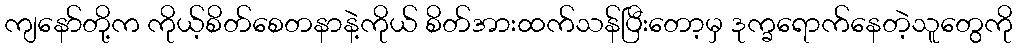
ကျနော်တို့က ကိုယ့်စိတ်စေတနာနဲ့ကိုယ် စိတ်အားထက်သန်ပြီးတော့မှ ဒုက္ခရောက်နေတဲ့သူတွေကို